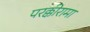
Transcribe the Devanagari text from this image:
परक्कीरामा